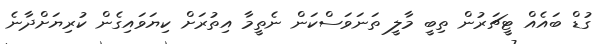
ގުޑް ބައެއް ޓީޗަރުން ތިބީ މާލީ ތަނަވަސްކަން ނެތީމާ އިތުރަށް ކިޔަވައިގެން ކުރިޔަށްދާނެ